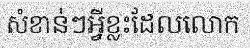
សំខាន់ៗអ្វីខ្លះដែលលោក